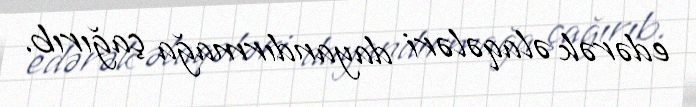
edərək əlaqələri dayandırmağa çağırıb.